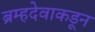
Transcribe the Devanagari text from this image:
ब्रम्हदेवाकडून